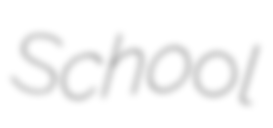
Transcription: School